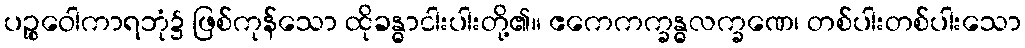
ပဉ္စဝေါကာရဘုံ၌ ဖြစ်ကုန်သော ထိုခန္ဓာငါးပါးတို့၏။ ဧကေကက္ခန္ဓလက္ခဏေ၊ တစ်ပါးတစ်ပါးသော